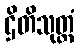
ဌိတိသုတ္တံ